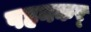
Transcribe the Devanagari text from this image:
पहनकर्